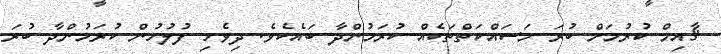
ޤާއިމް ކުރުމަށް ބުރަ މަސައްކަތްތަކެއް ކުރަމުންދާ ބައެކެވެ. ދިވެހި ފުލުހުން ކުރަމުންދާ ބުރަ